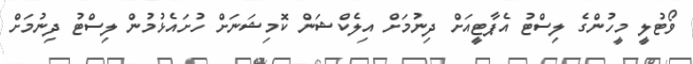
ވޯޓުލީ މީހުންގެ ލިސްޓު އެޕާޓީއަށް ދިނުމަށް އިލެކްޝަން ކޮމިޝަނަށް ހުށައެޅުމުން ލިސްޓު ދިނުމަށް